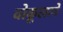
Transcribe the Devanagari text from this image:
वोकूलाने